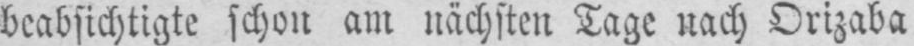
beabsichtigte schon am nächsten Tage nach Orizaba